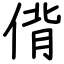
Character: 偝